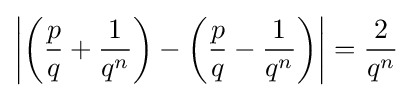
\left|\left({\frac {p}{q}}+{\frac {1}{q^{n}}}\right)-\left({\frac {p}{q}}-{\frac {1}{q^{n}}}\right)\right|={\frac {2}{q^{n}}}